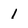
Character: 1